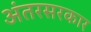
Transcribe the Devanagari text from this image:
अंतरसरकार